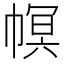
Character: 幎